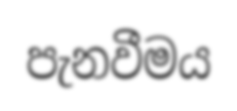
පැනවීමය